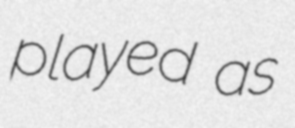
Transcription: played as